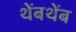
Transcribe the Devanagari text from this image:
थेंबथेंब